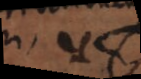
i u